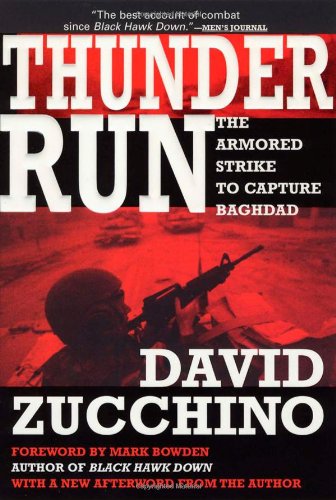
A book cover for Thunder Run: The Armored Strike to Capture Baghdad; David Zucchino; History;